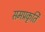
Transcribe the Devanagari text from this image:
समप्रकृति